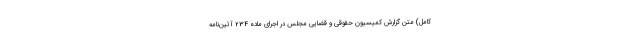
کامل) متن گزارش کمیسیون حقوقی و قضایی مجلس در اجرای ماده 234 آئین‌نامه